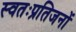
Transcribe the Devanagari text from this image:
स्वतःप्रतिजनों